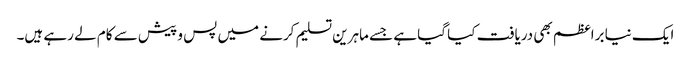
ایک نیا براعظم بھی دریافت کیا گیا ہے جسے ماہرین تسلیم کرنے میں پس و پیش سے کام لے رہے ہیں۔